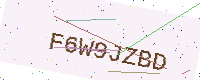
Text: F6W9JZBD